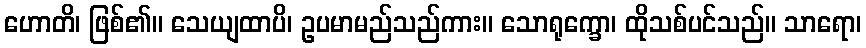
ဟောတိ၊ ဖြစ်၏။ သေယျထာပိ၊ ဥပမာမည်သည်ကား။ သောရုက္ခော၊ ထိုသစ်ပင်သည်။ သာရော၊